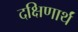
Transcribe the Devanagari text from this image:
दक्षिणार्थं